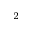
_ 2